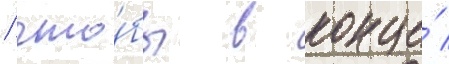
/ что́бы в конце́